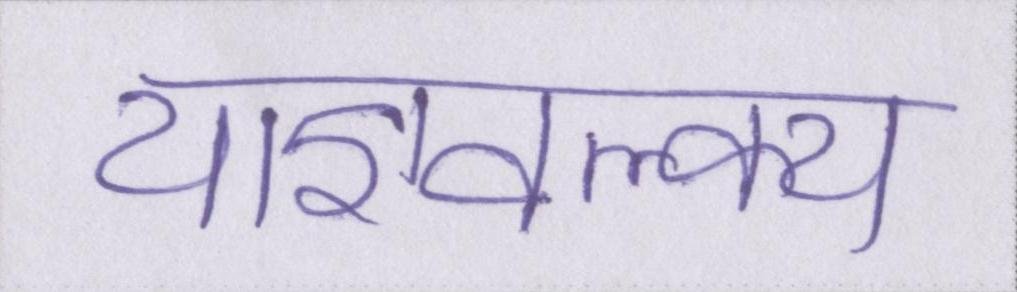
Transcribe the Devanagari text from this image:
याज्ञवल्क्य